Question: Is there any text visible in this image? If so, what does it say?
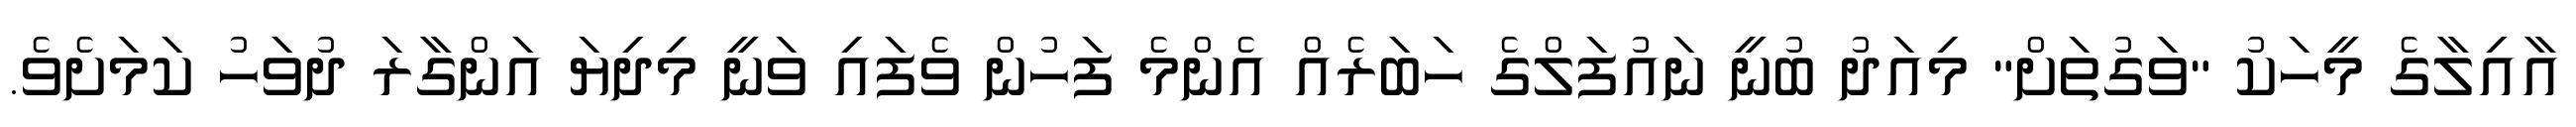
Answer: އާއިލާގެ މީހަކު "ވަގުތަށް" މިއަދު ބުނީ ނައުފަލްގެ ހަބަރެއް އެންމެ ފަހުން ވެފައި ވަނީ މިދިޔަ އަންގާރަ ދުވަހު ކަމަށެވެ.